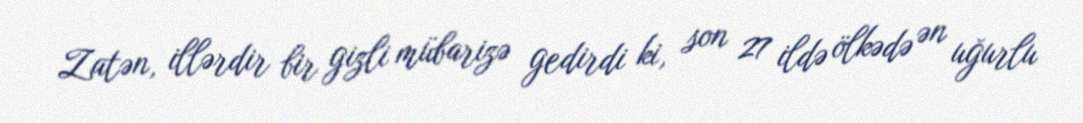
Zatən, illərdir bir gizli mübarizə gedirdi ki, son 27 ildə ölkədə ən uğurlu